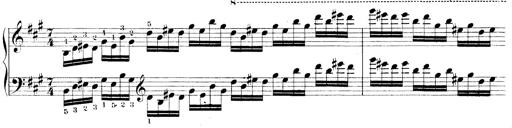
Title: Technische Studien
Composer: Franz Liszt